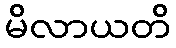
မိလာယတိ